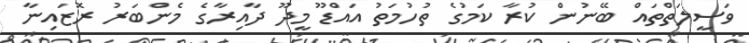
ވަސީލަތްތައް ބޭނުން ކުރާ ކަމުގެ ތުހުމަތު އައްޑޫ މީދޫ ދާއިރާގެ މެންބަރު ރޮޒައިނާ